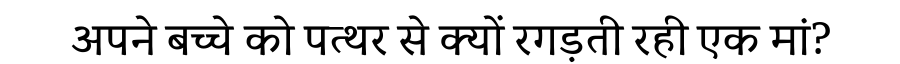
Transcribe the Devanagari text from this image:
अपने बच्चे को पत्थर से क्यों रगड़ती रही एक मां?